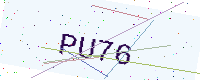
Text: PU76